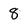
Character: 8